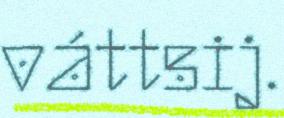
váttsij.